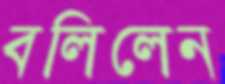
বলিলেন